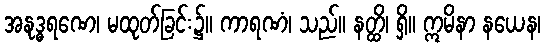
အနုဒ္ဓရဏေ၊ မထုတ်ခြင်း၌။ ကာရဏံ၊ သည်။ နတ္ထိ၊ ရှိ။ ဣမိနာ နယေန၊